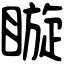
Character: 䁢